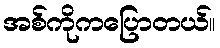
အစ်ကိုကပြောတယ်။